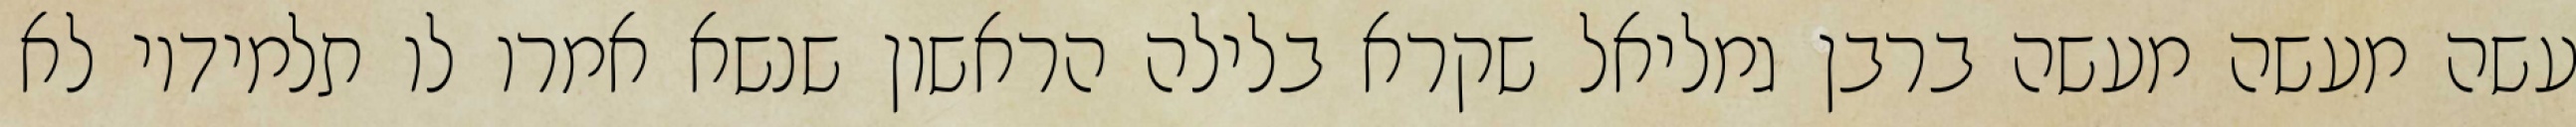
עשה מעשה מעשה ברבן גמליאל שקרא בלילה הראשון שנשא אמרו לו תלמידיו לא